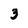
Character: 3